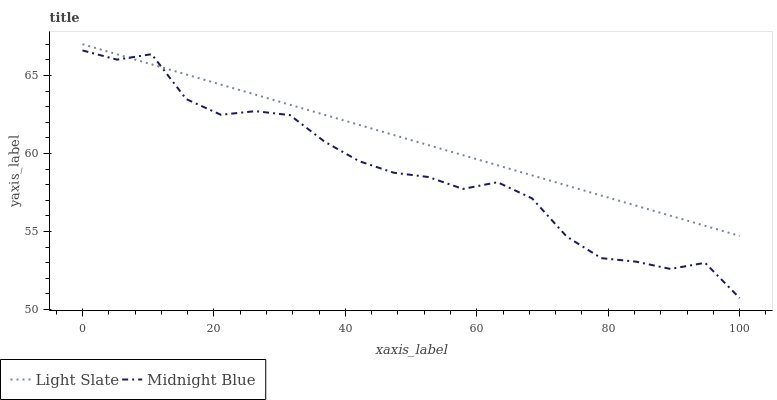
| xaxis_label | Light Slate | Midnight Blue |
 | --- | --- | --- |
 | 0 | 67 | 66.6 |
 | 5.26 | 66.4 | 66 |
 | 10.5 | 65.7 | 66.4 |
 | 15.8 | 65.1 | 63.5 |
 | 21.1 | 64.4 | 62.5 |
 | 26.3 | 63.8 | 62.7 |
 | 31.6 | 63.1 | 62.5 |
 | 36.8 | 62.5 | 60.8 |
 | 42.1 | 61.8 | 59.5 |
 | 47.4 | 61.2 | 58.8 |
 | 52.6 | 60.5 | 58.5 |
 | 57.9 | 59.9 | 57.7 |
 | 63.2 | 59.2 | 58.2 |
 | 68.4 | 58.6 | 57.1 |
 | 73.7 | 57.9 | 54.7 |
 | 78.9 | 57.3 | 53.3 |
 | 84.2 | 56.7 | 53.1 |
 | 89.5 | 56 | 52.6 |
 | 94.7 | 55.4 | 53 |
 | 100 | 54.7 | 50.7 |